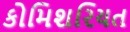
કોમિશરિયત